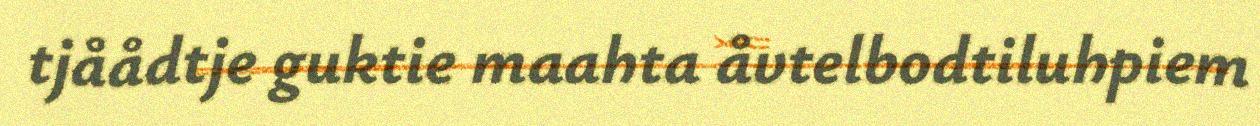
tjåådtje guktie maahta åvtelbodtiluhpiem